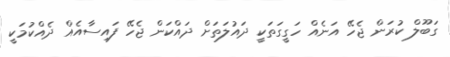
ގަބޫލް ކުރަން ޖެހޭ އަނެއް ހަގީގަތަކީ ދައުލަތަށް ދައްކަން ޖެހޭ ފައިސާއެއް ދެއްކުމަކީ